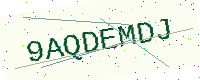
Text: 9AQDEMDJ